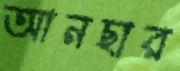
আনছার